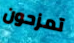
تمزحون